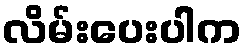
လိမ်းပေးပါက